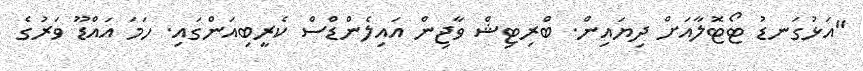
"އަޅުގަނޑު ޓޯޓޮލާއަށް ދިޔައިން. ބްރިޓިޝް ވާޖިން އައިލެންޑްސް ކެރީބިއަންގައި. ހަމަ އައްޑޫ ވަރުގެ